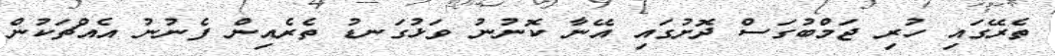
ތެރޭގައި ހުރި ޖަމްބުގަސް ދޮށުގައި އޭނާ ކޮނުނު ވަޅުގަނޑު ތެރެއިން ފެނުނު އެއްޗަކުން